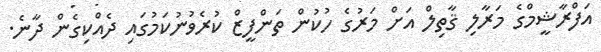
އަފްރާޝީމްގެ މަރާލި ޤާތިލް އަށް މަރުގެ ހުކުން ތަންފީޒް ކުރެވުނުކަމުގައި ދެއްކިގެން ދާނެ.